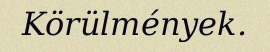
Körülmények.